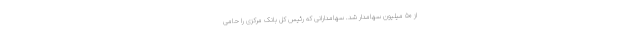
از ۵۰ میلیون سهامدار شد. سهامدارانی که رئیس کل بانک مرکزی را حامی